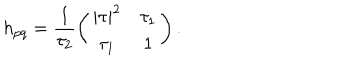
LaTeX: h _ { p q } = \frac { 1 } { \tau _ { 2 } } \left( \begin{array} { c c } { { | \tau | ^ { 2 } } } & { { \tau _ { 1 } } } \\ { { \tau _ { 1 } } } & { { 1 } } \\ \end{array} \right) .